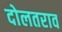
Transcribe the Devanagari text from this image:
दोलतराव